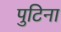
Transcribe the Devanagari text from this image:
पुटिना